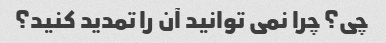
چی؟ چرا نمی توانید آن را تمدید کنید؟